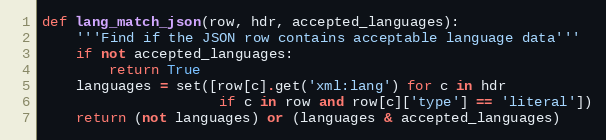
Language: Python
def lang_match_json(row, hdr, accepted_languages):
    '''Find if the JSON row contains acceptable language data'''
    if not accepted_languages:
        return True
    languages = set([row[c].get('xml:lang') for c in hdr
                     if c in row and row[c]['type'] == 'literal'])
    return (not languages) or (languages & accepted_languages)